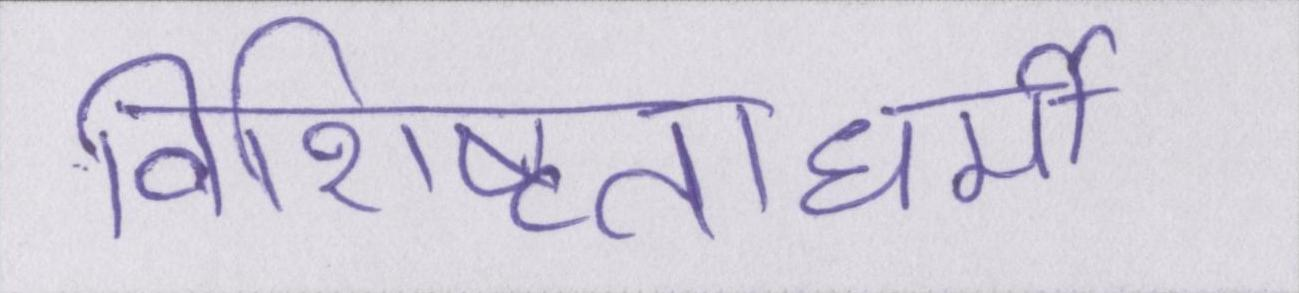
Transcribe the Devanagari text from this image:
विशिष्टताधर्मी